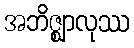
အဘိဇ္ဈာလုဿ